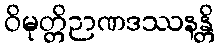
ဝိမုတ္တိဉာဏဒဿနန္တိ